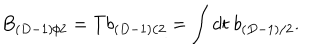
B _ { ( D - 1 ) / 2 } = T b _ { ( D - 1 ) / 2 } = \int d t ~ b _ { ( D - 1 ) / 2 } .